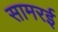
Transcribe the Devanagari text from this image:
सामरई